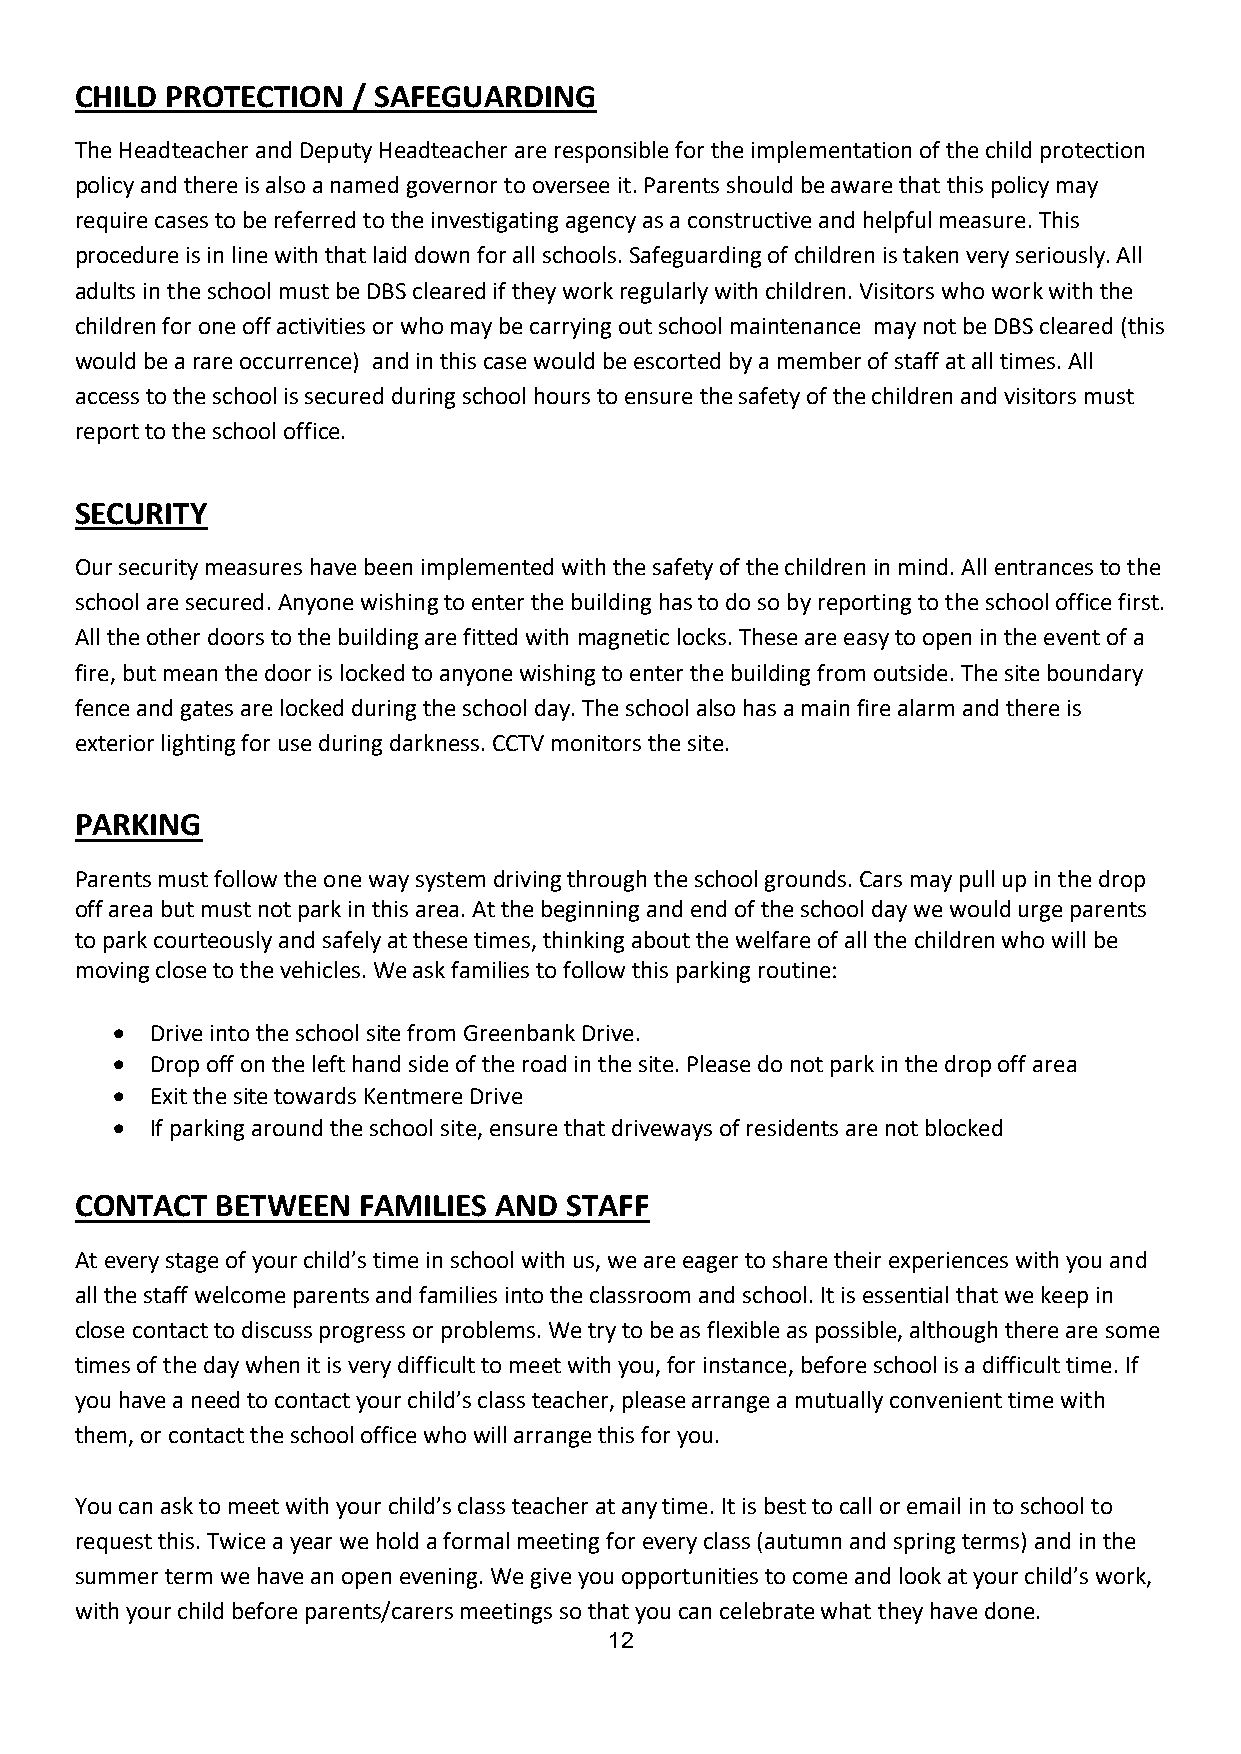
CHILD PROTECTION  / SAFEGUARDING
 The Headteacher and Deputy Headteacher are responsible for the implementation of the child protection
 policy and there is also a named governor to oversee it. Parents should be aware that this policy may
 require cases to be referred to the investigating agency as a constructive and helpful measure. This
 procedure is in line with that laid down for all schools. Safeguarding of children is taken very seriously. All
 adults in the school must be DBS cleared if they work regularly with children. Visitors who work with the
 children for one off activities or who may be carrying out school maintenance may not be DBS cleared (this
 would be a rare occurrence) and in this case would be escorted by a member of staff at all times. All
 access to the school is secured during school hours to ensure the safety of the children and visitors must
 report to the school office.
 SECURITY
 Our security measures have been implemented with the safety of the children in mind. All entrances to the
 school are secured. Anyone wishing to enter the building has to do so by reporting to the school office first.
 All the other doors to the building are fitted with magnetic locks. These are easy to open in the event of a
 fire, but mean the door is locked to anyone wishing to enter the building from outside. The site boundary
 fence and gates are locked during the school day. The school also has a main fire alarm and there is
 exterior lighting for use during darkness. CCTV monitors the site.
 PARKING
 Parents must follow the one way system driving through the school grounds. Cars may pull up in the drop
 off area but must not park in this area. At the beginning and end of the school day we would urge parents
 to park courteously and safely at these times, thinking about the welfare of all the children who will be
 moving close to the vehicles. We ask families to follow this parking routine:
   Drive into the school site from Greenbank Drive.
   Drop off on the left hand side of the road in the site. Please do not park in the drop off area
   Exit the site towards Kentmere Drive
   If parking around the school site, ensure that driveways of residents are not blocked
 CONTACT  BETWEEN   FAMILIES AND STAFF
 At every stage of your child’s time in school with us, we are eager to share their experiences with you and
 all the staff welcome parents and families into the classroom and school. It is essential that we keep in
 close contact to discuss progress or problems. We try to be as flexible as possible, although there are some
 times of the day when it is very difficult to meet with you, for instance, before school is a difficult time. If
 you have a need to contact your child’s class teacher, please arrange a mutually convenient time with
 them, or contact the school office who will arrange this for you.
 You can ask to meet with your child’s class teacher at any time. It is best to call or email in to school to
 request this. Twice a year we hold a formal meeting for every class (autumn and spring terms) and in the
 summer term we have an open evening. We give you opportunities to come and look at your child’s work,
 with your child before parents/carers meetings so that you can celebrate what they have done.
 12